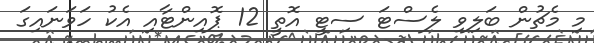
މި މެޗުން ބަލިވި ލެސްޓަ ސިޓީ އޮތީ 12 ޕޮއިންޓާއި އެކު ހަވަނައިގަ